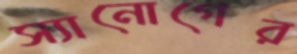
স্যানোগের